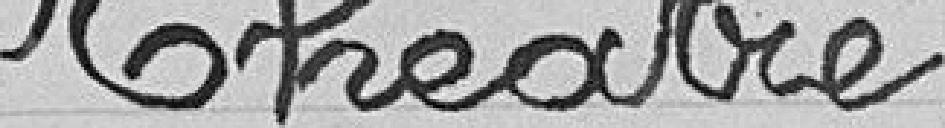
Théâtre